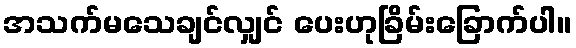
အသက်မသေချင်လျှင် ပေးဟုခြိမ်းခြောက်ပါ။